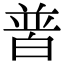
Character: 𤽽